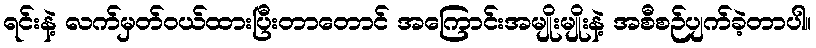
ရင်းနဲ့ လက်မှတ်ဝယ်ထားပြီးတာတောင် အကြောင်းအမျိုးမျိုးနဲ့ အစီစဉ်ပျက်ခဲ့တာပါ။